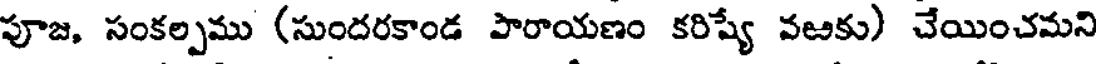
పూజ, సంకల్పము (సుందరకాండ పారాయణం కరిష్యే వఱకు) చేయించమని